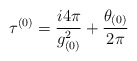
\begin{align*}\tau^{(0)} = \frac {i 4 \pi}{g_{(0)}^{2}} + \frac {\theta_{(0)}}{2\pi}\end{align*}